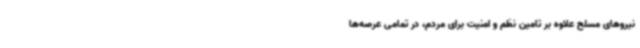
نیروهای مسلح علاوه بر تامین نظم و امنیت برای مردم، در تمامی عرصه‌ها